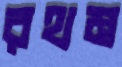
রথম